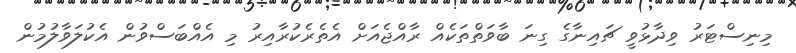
މިނިސްޓަރު ވިދާޅުވީ ޗައިނާގެ ގިނަ ބާވަތްތަކެއް ރާއްޖެއަށް އެތެރެކުރާއިރު މި އެއްބަސްވުން އެކުލަވާލުމުން